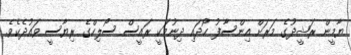
ޔާމީން ރަޝީދުގެ މަރަށް އިންސާފު ހޯދައި ދިނުމަކީ ރައީސް ސޯލިހްގެ ރިޔާސީ ވައުދެކެވެ.